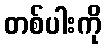
တစ်ပါးကို